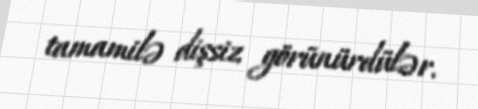
tamamilə dişsiz görünürdülər.